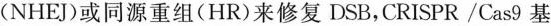
(NHEJ)或同源重组(HR)来修复DSB，CRISPR/Cas9基